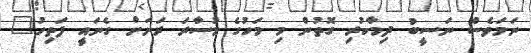
ނަމަވެސް ނަސީބު ދިމާކުރި ގޮތުން މި މަހުގެ މުސާރަ ރަށަށް ގެނައީ ފަތިހު"